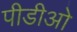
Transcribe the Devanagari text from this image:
पीडीओ